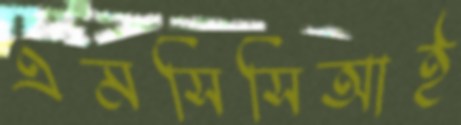
এমসিসিআই